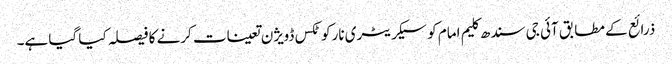
ذرائع کے مطابق آئی جی سندھ کلیم امام کو سیکریٹری نارکوٹکس ڈویژن تعینات کرنے کا فیصلہ کیا گیا ہے۔